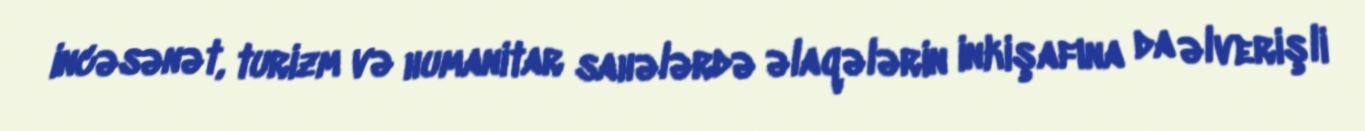
incəsənət, turizm və humanitar sahələrdə əlaqələrin inkişafına da əlverişli